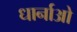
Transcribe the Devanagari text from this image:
धार्नाओ